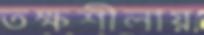
তক্ষশীলায়